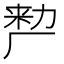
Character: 𭆉